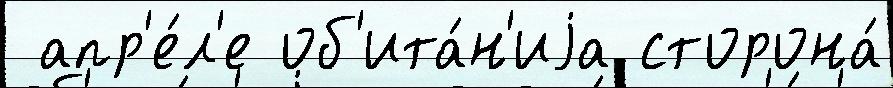
 апр'е́л'е об'ита́н'иjа сторона́